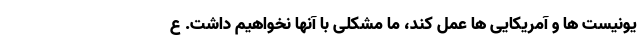
یونیست ها و آمریکایی ها عمل کند، ما مشکلی با آنها نخواهیم داشت. ع